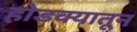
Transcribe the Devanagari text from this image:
होडक्यातून